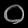
Digit: ၀